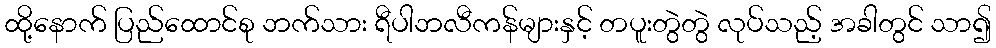
ထို့နောက် ပြည်ထောင်စု ဘက်သား ရီပါဘလီကန်များနှင့် တပူးတွဲတွဲ လုပ်သည့် အခါတွင် သာ၍